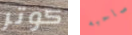
كوتر صاحبه